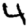
Digit: 4